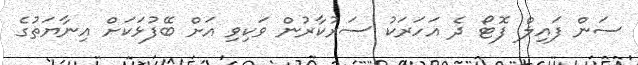
ސަން ފައިލް ފޮޓޯ ދެ އަހަރަކު ސަރުކާރުން ވަކިވި އަށް ބޭފުޅަކަށް އިނާޔަތުގެ